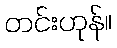
တင်းဟုန်။